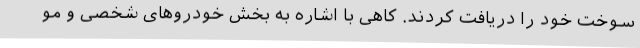
سوخت خود را دریافت کردند. کاهی با اشاره به بخش خودروهای شخصی و مو